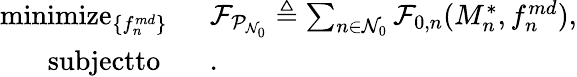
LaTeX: \begin{array}{rl}{\mathop{\textrm{minimize}}_{\left\{ f_{n}^{md}\right\} }\ \ }&{\mathcal{F}_{\mathcal{P}_{\mathcal{N}_{0}}}\triangleq\sum_{n\in\mathcal{N}_{0}}\mathcal{F}_{0,n}({M_{n}^{*}},{f_{n}^{md}}),}\\ {\textrm{subjectto}\ \ \ }&{.}\end{array}